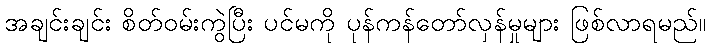
အချင်းချင်း စိတ်ဝမ်းကွဲပြီး ပင်မကို ပုန်ကန်တော်လှန်မှုများ ဖြစ်လာရမည်။